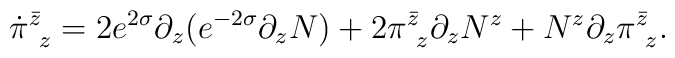
\dot \pi^{\bar z}_{~ z}= 2 e^{2\sigma}\partial_z(e^{-2\sigma}\partial_zN) + 2 \pi^{\bar z}_{~z}\partial_z N^z + N^z\partial_z \pi^{\bar z}_{~z}.